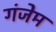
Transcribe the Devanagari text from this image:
गंजेम